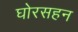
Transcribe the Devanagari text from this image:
घोरसहन